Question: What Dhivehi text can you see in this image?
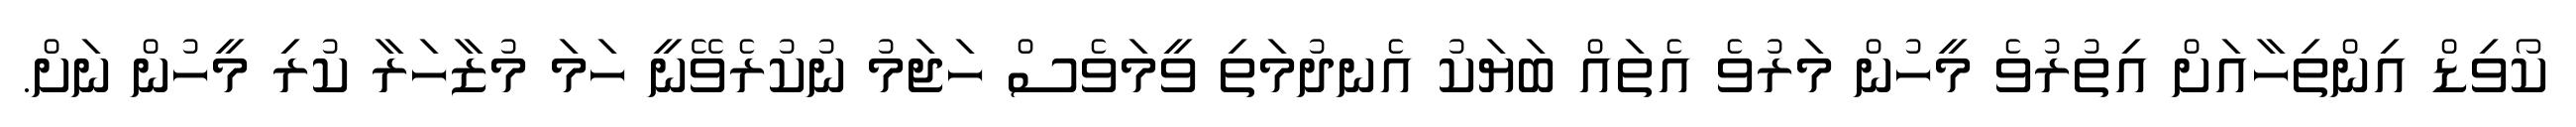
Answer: ކޯވިޑް އިންތިހާއަށް އިތުރުވެ މީހުން މަރުވެ އެތައް ބަޔަކު އެނދުމަތި ވީމަވެސް ހަޖަމު ނުކުރެވޭނީ ހަމަ މުޒާހަރާ ކުރި މީހުން ނަށް.